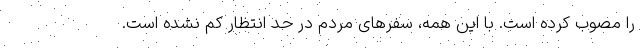
را مصوب کرده است. با این همه، سفرهای مردم در حد انتظار کم نشده است.